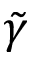
\tilde { \gamma }